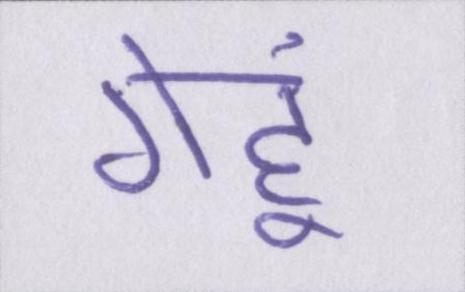
गेहूं